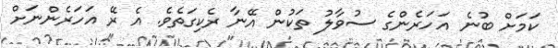
ކަމަށް ބުނެ އަހަރެންގެ ސުވާލު ތަކުން އޭނާ ރެކިގަތެވެ. އެ ރޭ އަހަރެންނަށް